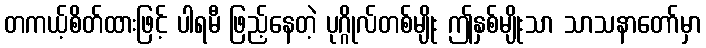
တကယ့်စိတ်ထားဖြင့် ပါရမီ ဖြည့်နေတဲ့ ပုဂ္ဂိုလ်တစ်မျိုး ဤနှစ်မျိုးသာ သာသနာတော်မှာ